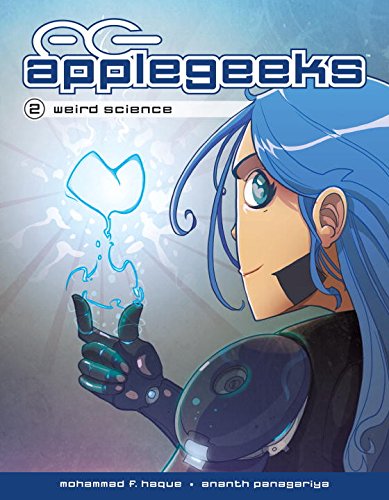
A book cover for Applegeeks, Vol. 2: Weird Science; Ananth Panagariya; Humor & Entertainment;